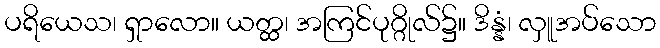
ပရိယေသ၊ ရှာလော။ ယတ္ထ၊ အကြင်ပုဂ္ဂိုလ်၌။ ဒိန္နံ၊ လှူအပ်သော